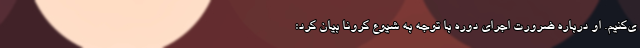
ی‌کنیم. او درباره ضرورت اجرای دوره با توجه به شیوع کرونا بیان کرد: